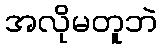
အလိုမတူဘဲ